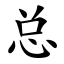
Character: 总